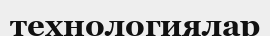
технологиялар